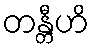
တန္တီဟိ